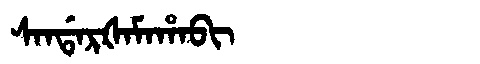
Manchu: ᠰᠠᠨᡩᠠᡵᡧᠠᠮᠠᡥᠠᠪᡳ
Romanization: SANDARŠAMAHABI